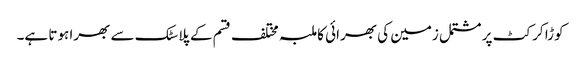
کوڑا کرکٹ پر مشتمل زمین کی بھرائی کا ملبہ مختلف قسم کے پلاسٹک سے بھرا ہوتا ہے۔